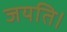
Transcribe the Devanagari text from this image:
जयति।